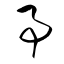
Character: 事